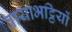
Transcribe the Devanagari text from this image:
वायाभट्ठियों